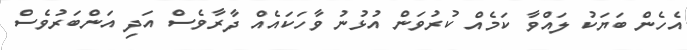
އެހެން ބަޔަކު ލައްވާ ކަމެއް ކުރުވަން އުޅުނު ވާހަކައެއް ދާރާވެސް އަދި އަންބަރުވެސް